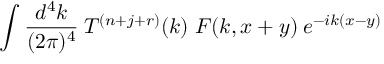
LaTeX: \int \frac { d ^ { 4 } k } { ( 2 \pi ) ^ { 4 } } \: T ^ { ( n + j + r ) } ( k ) \; F ( k , x + y ) \: e ^ { - i k ( x - y ) }